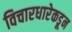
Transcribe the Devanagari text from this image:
विचारधारेकडून